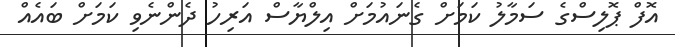
އޮފް ޕޮލިސްގެ ސަމާލު ކަމަށް ގެނައުމަށް އިލްޔާސް އަރިހު ދެންނެވި ކަމަށް ބައެއް